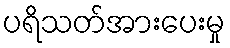
ပရိသတ်အားပေးမှု